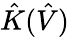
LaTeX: \hat{K}(\hat{V})